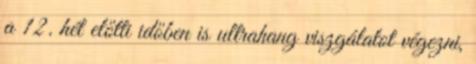
a 12. hét előtti időben is ultrahang viszgálatot végezni,